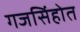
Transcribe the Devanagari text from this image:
गजसिंहोत